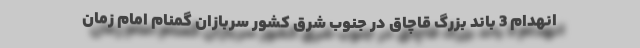
انهدام 3 باند بزرگ قاچاق در جنوب شرق کشور سربازان گمنام امام زمان